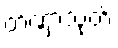
တဏှာသုတ်